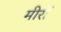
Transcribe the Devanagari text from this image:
मीरों